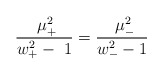
\begin{align*}\frac{\ \mu _{+}^2}{w_{+}^2-\ 1}=\frac{\ \mu _{-}^2}{w_{-}^2-1} \end{align*}